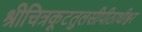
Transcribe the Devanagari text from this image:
श्रीचित्रकूटतुलसीपीठाधीश्वर